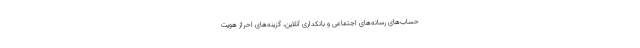
حساب‌های رسانه‌های اجتماعی و بانکداری آنلاین، گزینه‌های احراز هویت